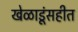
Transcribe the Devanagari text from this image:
खेळाडूंसहीत